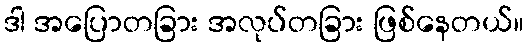
ဒါ အပြောတခြား အလုပ်တခြား ဖြစ်နေတယ်။